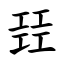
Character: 㠭